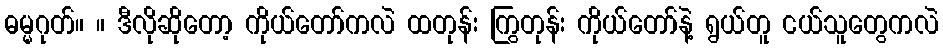
ဓမ္မဂုတ်။ ။ ဒီလိုဆိုတော့ ကိုယ်တော်ကလဲ ထတုန်း ကြွတုန်း ကိုယ်တော်နဲ့ ရွယ်တူ ငယ်သူတွေကလဲ